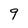
Character: 9